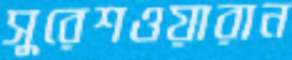
সুরেশওয়ারান